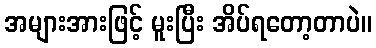
အများအားဖြင့် မူးပြီး အိပ်ရတော့တာပဲ။